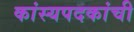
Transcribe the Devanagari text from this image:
कांस्यपदकांची